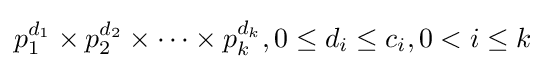
p_{1}^{d_{1}}\times p_{2}^{d_{2}}\times \cdots \times p_{k}^{d_{k}},0\leq d_{i}\leq c_{i},0<i\leq k